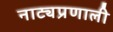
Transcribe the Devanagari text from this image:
नाट्यप्रणाली